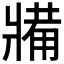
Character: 𤖐